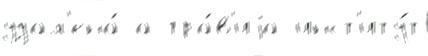
удал'ена́ а гра́в'иjа инст'иту́т